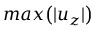
m a x \big ( | u _ { z } | \big )